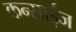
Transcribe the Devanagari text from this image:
कन्साईज